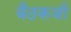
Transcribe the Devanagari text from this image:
बैठकजी